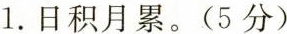
1.日积月累。(5分)